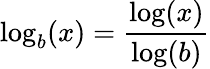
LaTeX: \log_{b}(x)={\frac{\log(x)}{\log(b)}}